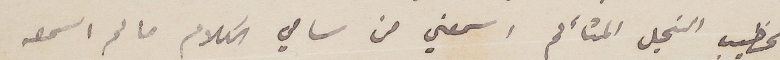
الخطيب النحيل المتألم اسمعني من سامي الكلام ما لم اسمعه